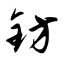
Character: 钫